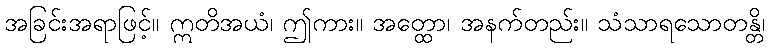
အခြင်းအရာဖြင့်။ ဣတိအယံ၊ ဤကား။ အတ္ထော၊ အနက်တည်း။ သံသာရသောတန္တိ၊